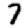
Digit: 7